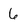
Character: 6